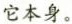
它本身。